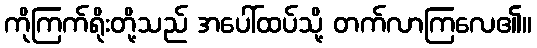
ကိုကြက်ရိုးတို့သည် အပေါ်ထပ်သို့ တက်လာကြလေ၏။